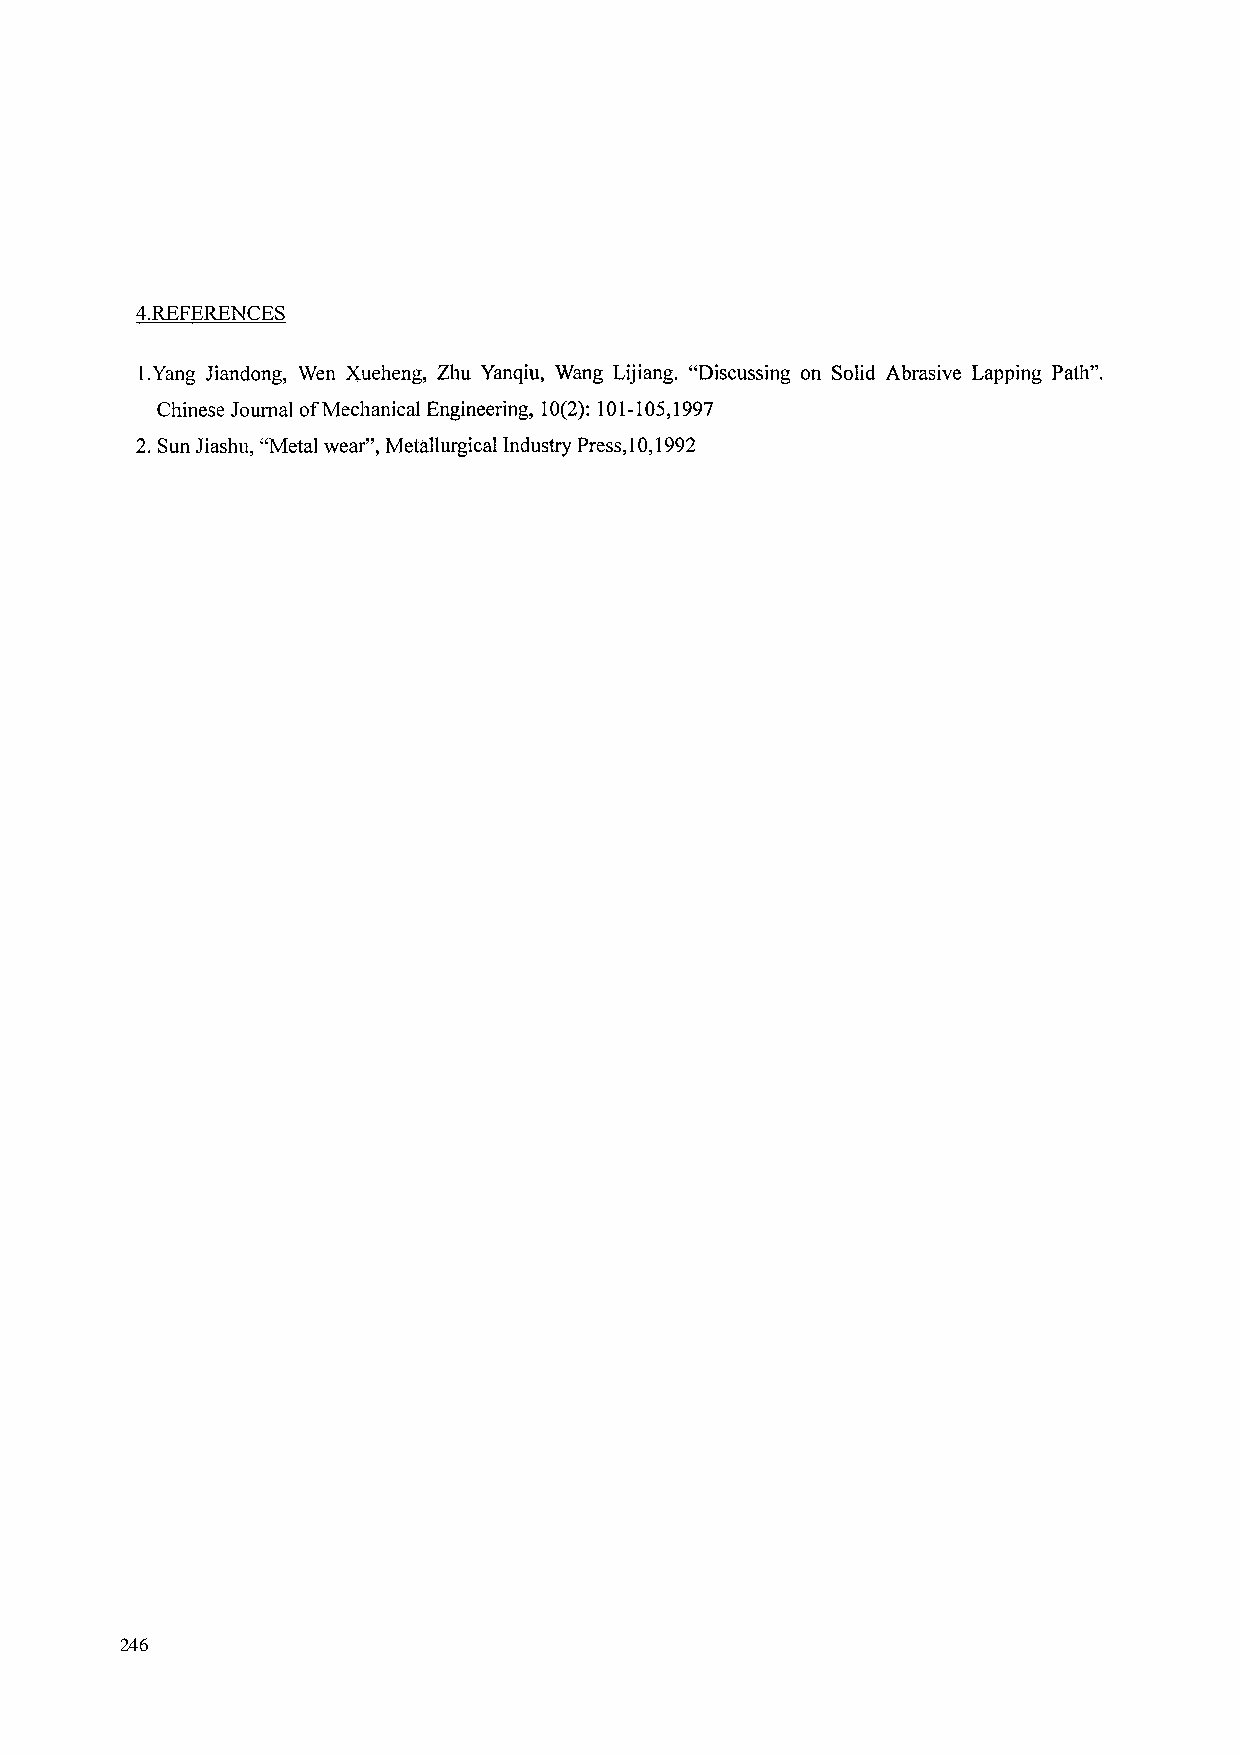
4.REFERENCES
 1 .Yang Jiandong, Wen Xueheng, Zhu Yanqiu, Wang Lijiang. "Discussing on Solid Abrasive Lapping Path".
 Chinese Journal of Mechanical Engineering, 10(2): 101-105,1997
 2. Sun Jiashu, "Metal wear", Metallurgical Industry Press,1 0,1992
 246